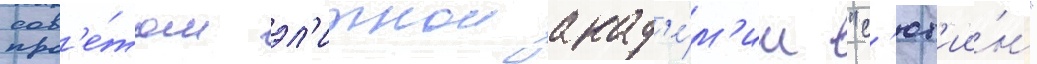
сов'е́том эл'итнои акад'е́м'ии "с'ют'ии́н"